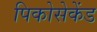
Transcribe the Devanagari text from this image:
पिकोसेकेंड